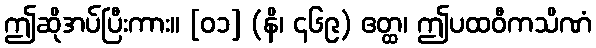
ဤဆိုအပ်ပြီးကား။ [၀၁] (နိ၊ ၄၆၉) ဧတ္ထ၊ ဤပထဝီကသိဏံ